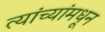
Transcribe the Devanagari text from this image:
त्यांच्यांमधून